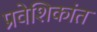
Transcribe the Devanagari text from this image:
प्रवेशिकांत